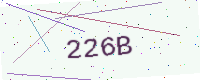
Text: 226B